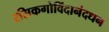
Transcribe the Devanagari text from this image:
रसिकगोविंदानंदधन